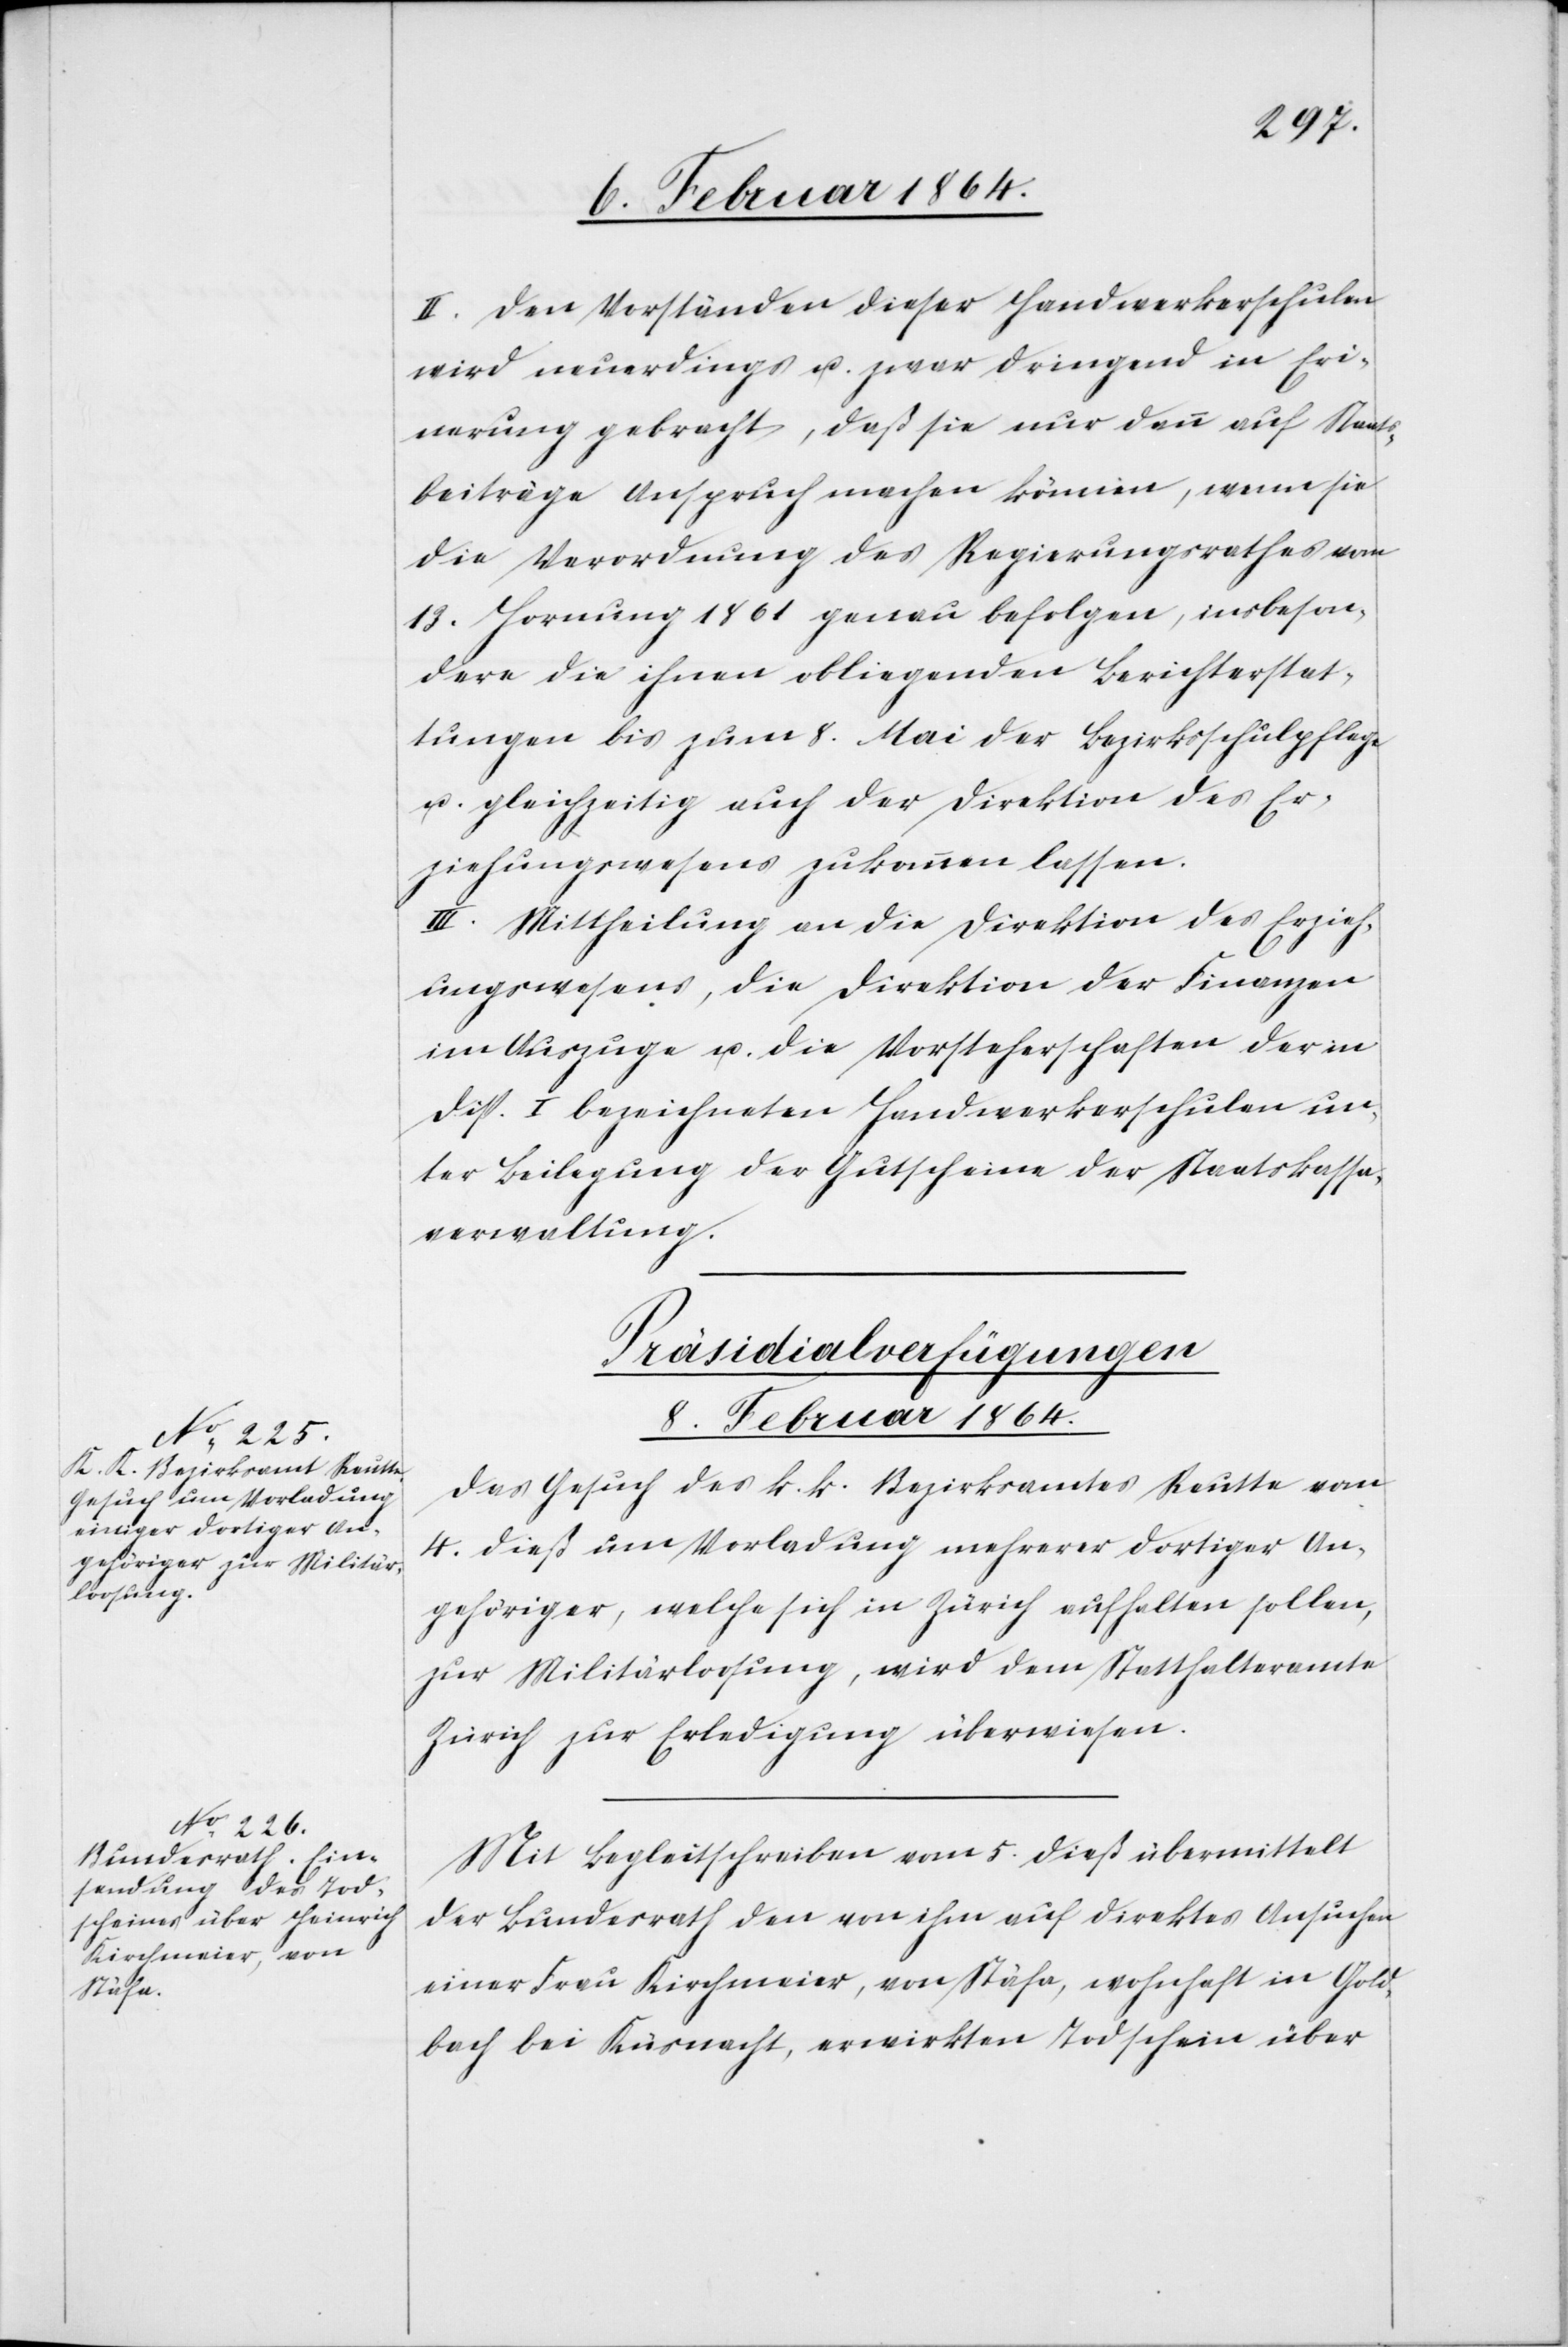
II. Den Vorständen dieser Handwerkerschulen
wird neuerdings u. zwar dringend in Eri¬
nnerung gebracht, daß sie nur dann auf Staats¬
beiträge Anspruch machen können, wenn sie
die Verordnung des Regierungsrathes vom
13. Hornung 1861 genau befolgen, insbeson¬
dere die ihnen obliegenden Berichterstat¬
tungen bis zum 8. Mai der Bezirksschulpflege
u. gleichzeitig auch der Direktion des Er¬
ziehungswesens zukommen lassen.
III. Mittheilung an die Direktion des Erzieh¬
ungswesens, die Direktion der Finanzen
im Auszuge u. die Vorsteherschaften der in
Disp. I bezeichneten Handwerkerschulen un¬
ter Beilegung der Gutscheine der Staatskassa¬
verwaltung.
[Präsidialverfügungen
8. Februar 1864.]
Das Gesuch des k. k. Bezirksamtes Reutte vom
4. dieß um Vorladung mehrerer dortiger An¬
gehöriger, welche sich in Zürich aufhalten sollen,
zur Militärloosung, wird dem Statthalteramte
Zürich zur Erledigung überwiesen.
Mit Begleitschreiben vom 5. dieß übermittelt
der Bundesrath den von ihm auf direktes Ansuchen
einer Frau Kirchmeier, von Stäfa, wohnhaft in Gold¬
bach bei Küsnacht, erwirkten Todschein über